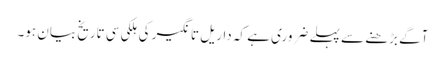
آگے بڑھنے سے پہلے ضروری ہے کہ داریل تانگیر کی ہلکی سی تاریخ بیان ہو۔